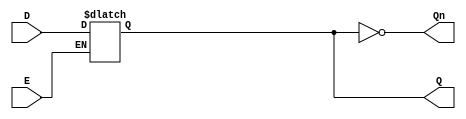
module async_gated_latch (
    input wire D,       // Data Input
    input wire E,       // Enable Input
    output reg Q,       // Output
    output wire Qn      // Complement Output
);

// Complement Output
assign Qn = ~Q;

// Always block to define latch behavior
always @(*) begin
    if (E) begin
        // When Enable is high, output follows the data input
        Q = D;
    end
    // When Enable is low, output holds its last value (Q retains its state)
end

endmodule